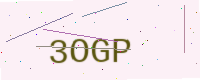
Text: 3OGP